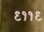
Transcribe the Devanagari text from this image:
९११९